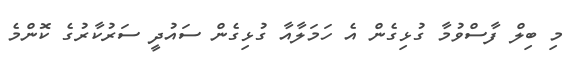
މި ބިލް ފާސްވުމާ ގުޅިގެން އެ ހަމަލާއާ ގުޅިގެން ސައުދީ ސަރުކާރުގެ ކޮންމެ